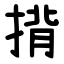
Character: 揹